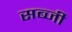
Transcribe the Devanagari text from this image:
सब्‍जी